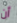
أن